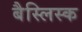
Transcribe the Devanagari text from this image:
बैस्लिस्क